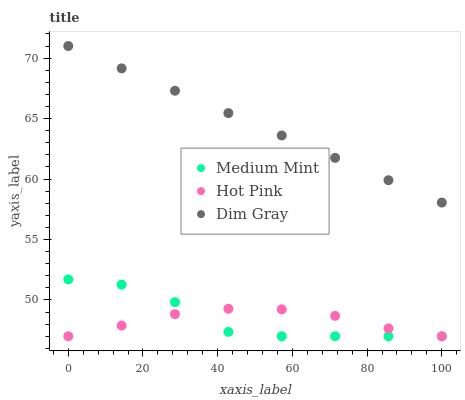
| xaxis_label | Medium Mint | Hot Pink | Dim Gray |
 | --- | --- | --- | --- |
 | 0 | 51.7 | 47 | 71 |
 | 14.3 | 51.3 | 47.9 | 69.2 |
 | 28.6 | 49.8 | 48.8 | 67.3 |
 | 42.9 | 47.4 | 49.3 | 65.5 |
 | 57.1 | 47 | 49.2 | 63.6 |
 | 71.4 | 47 | 48.7 | 61.8 |
 | 85.7 | 47 | 47.6 | 59.9 |
 | 100 | 47 | 47 | 58.1 |